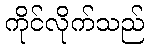
ကိုင်လိုက်သည်